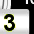
Digit: 3